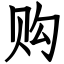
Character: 购